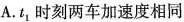
A.t_{1}时刻两车加速度相同